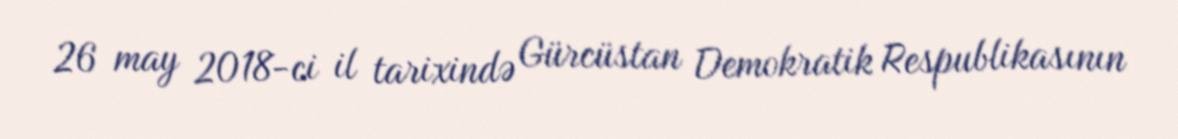
26 may 2018-ci il tarixində Gürcüstan Demokratik Respublikasının